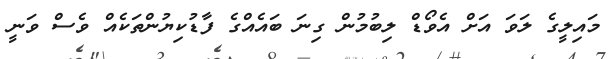
މައިލީގެ ލަވަ އަށް އެވޯޑް ލިބުމުން ގިނަ ބައެއްގެ ފާޑުކިޔުންތަކެއް ވެސް ވަނީ